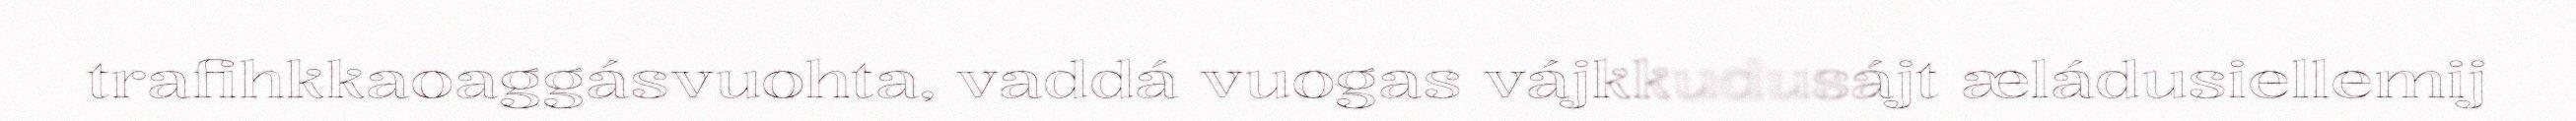
trafihkkaoaggásvuohta, vaddá vuogas vájkkudusájt æládusiellemij